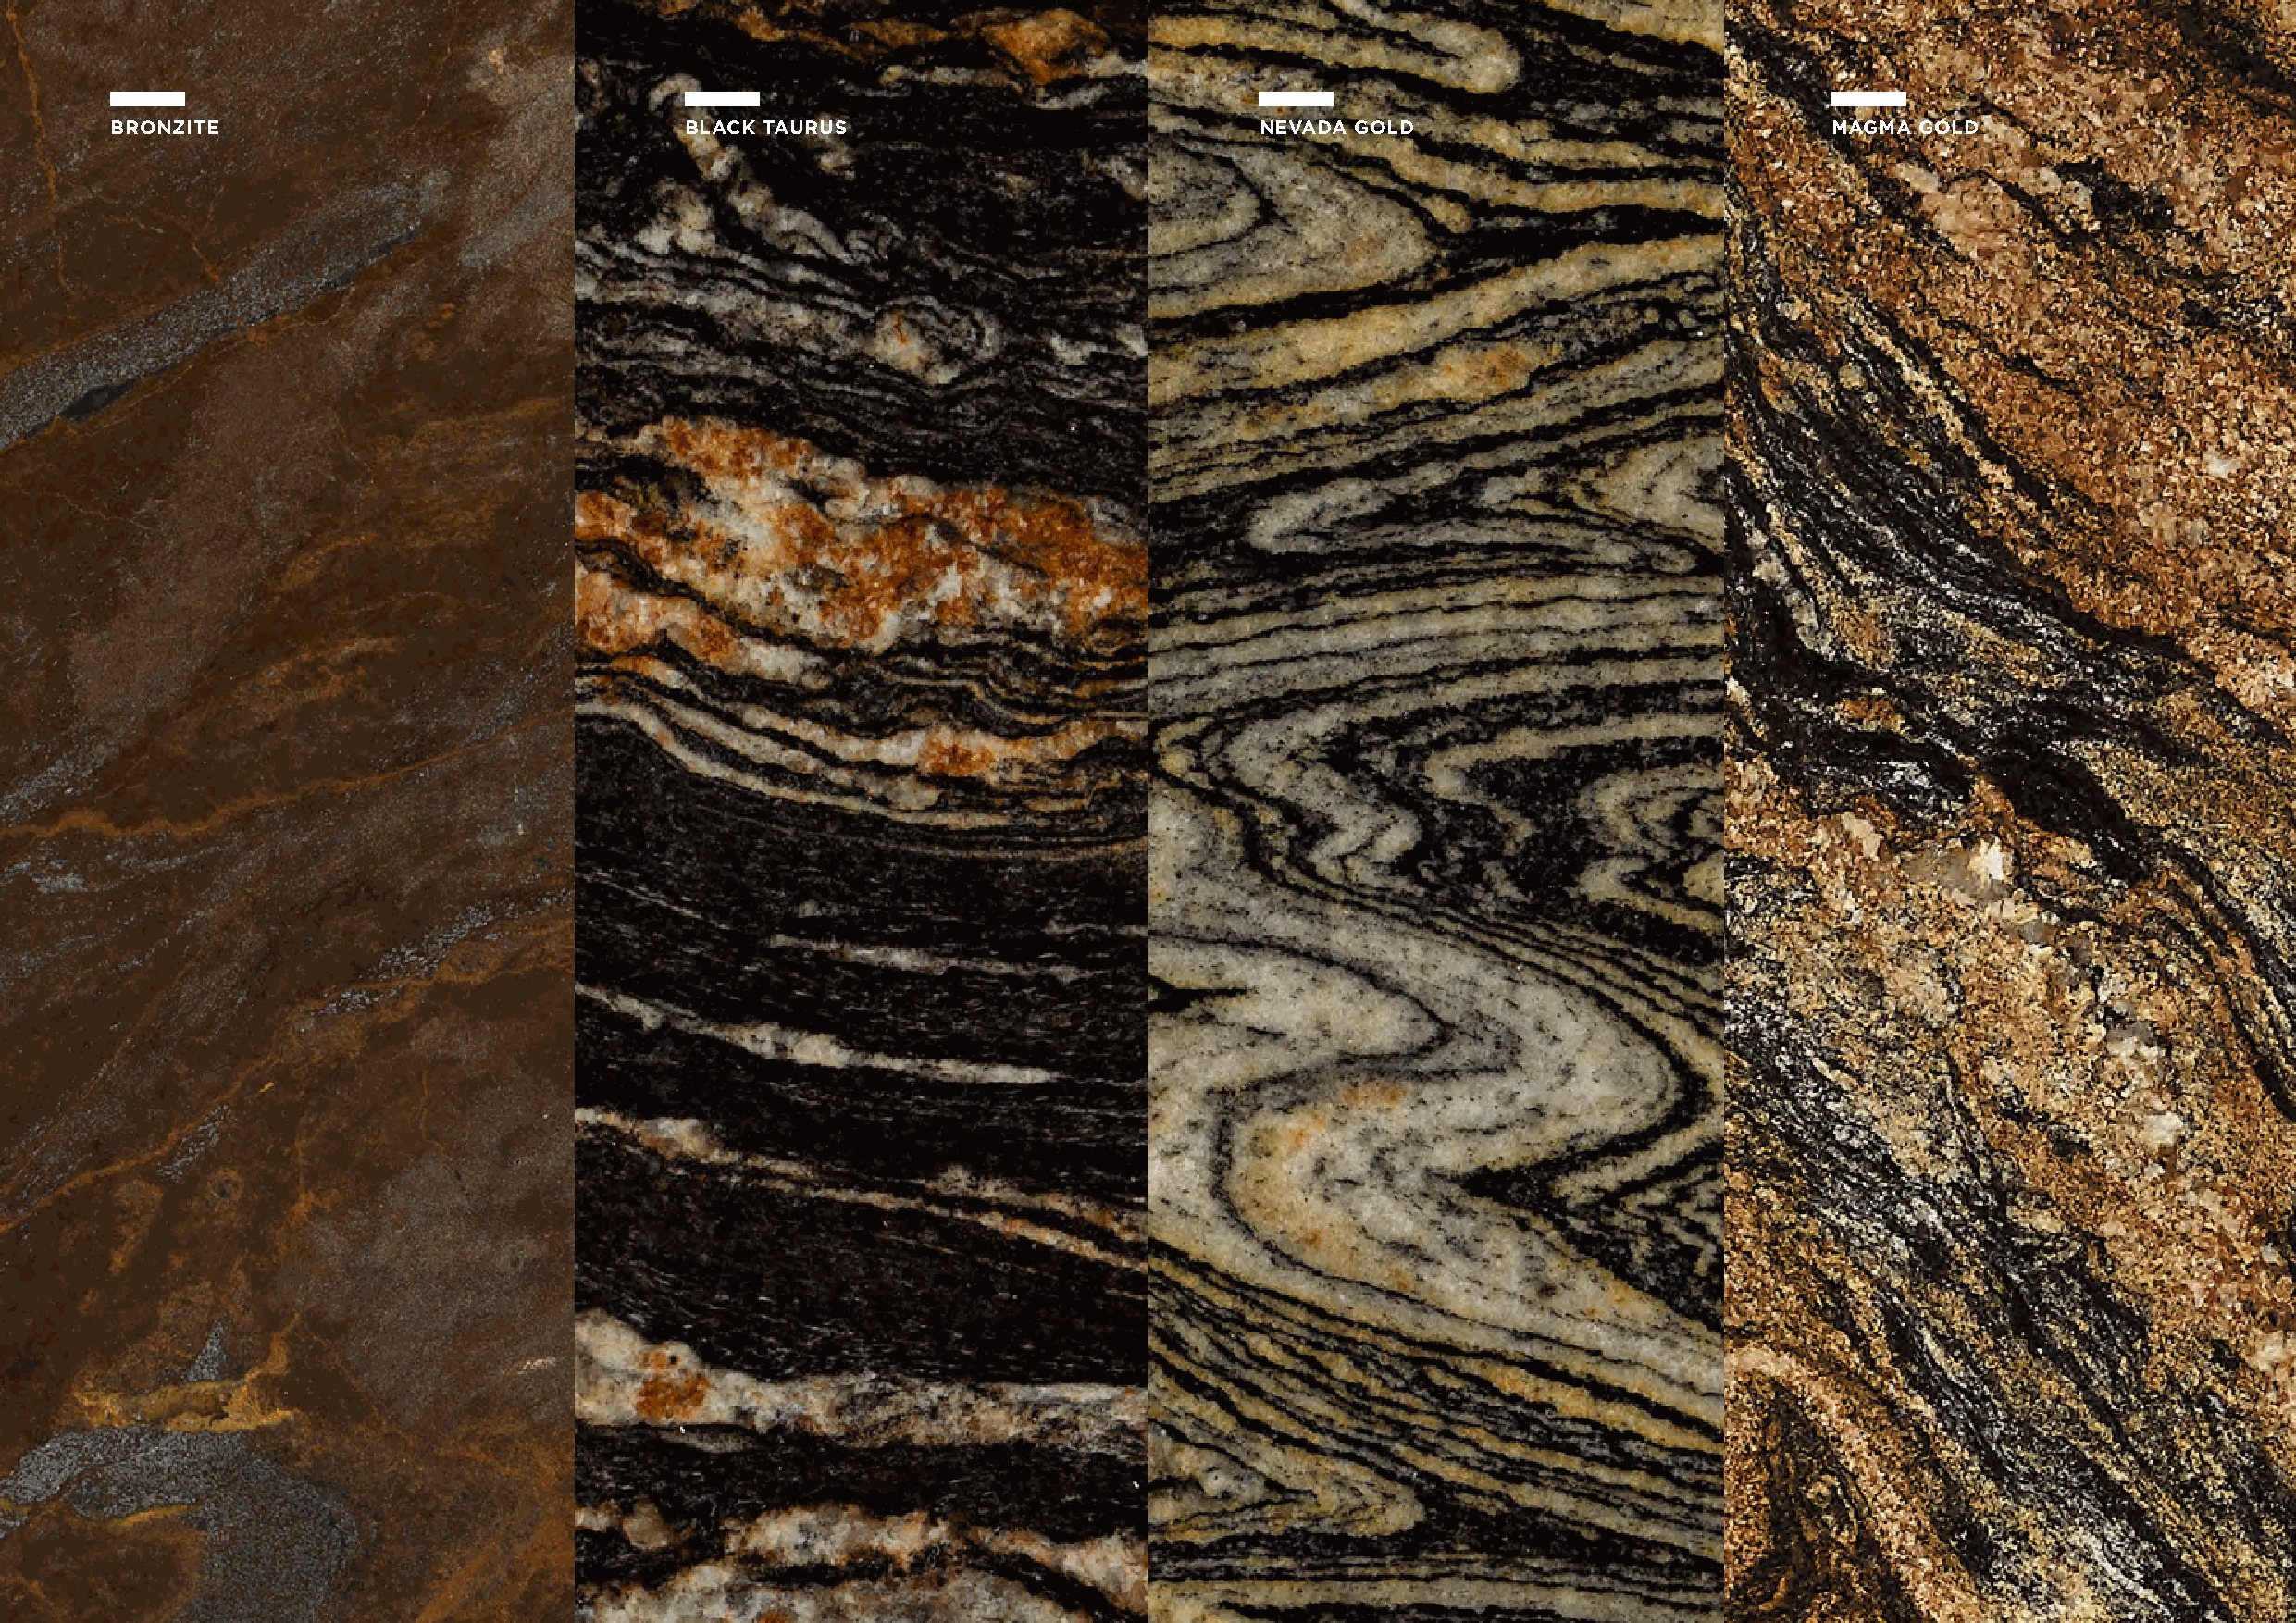
BRONZITE                                 BLACK TAURUS                             NEVADA GOLD                              MAGMA GOLD